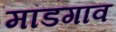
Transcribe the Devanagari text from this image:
मांडगाव